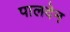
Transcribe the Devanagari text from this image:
पालदेन